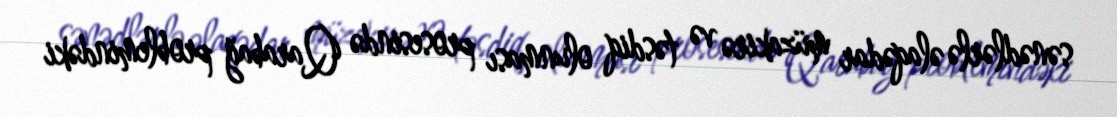
sənədlərlə əlaqədar müzakirə və təsdiq olunması prosesində Qarabağ problemindəki